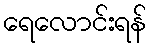
ရေလောင်းရန်